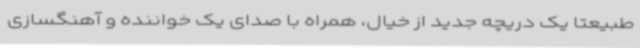
طبیعتا یک دریچه جدید از خیال، همراه با صدای یک خواننده و آهنگسازی